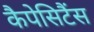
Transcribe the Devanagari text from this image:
कैपेसिटैंस